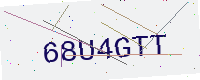
Text: 68U4GTT